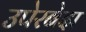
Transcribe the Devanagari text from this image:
उपेरबेदा